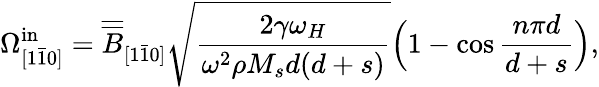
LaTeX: \Omega_{[1\bar{1}0]}^{\mathrm{in}}=\overline{{\overline{{B}}}}_{[1\bar{1}0]}\sqrt{\frac{2\gamma\omega_{H}}{\omega^{2}\rho M_{s}d(d+s)}}\Big(1-\cos{\frac{n\pi d}{d+s}}\Big),